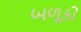
બળૂકી